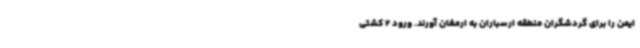
ایمن را برای گردشگران منطقه ارسباران به ارمغان آورند. ورود 2 کشتی